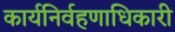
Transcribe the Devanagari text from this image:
कार्यनिर्वहणाधिकारी